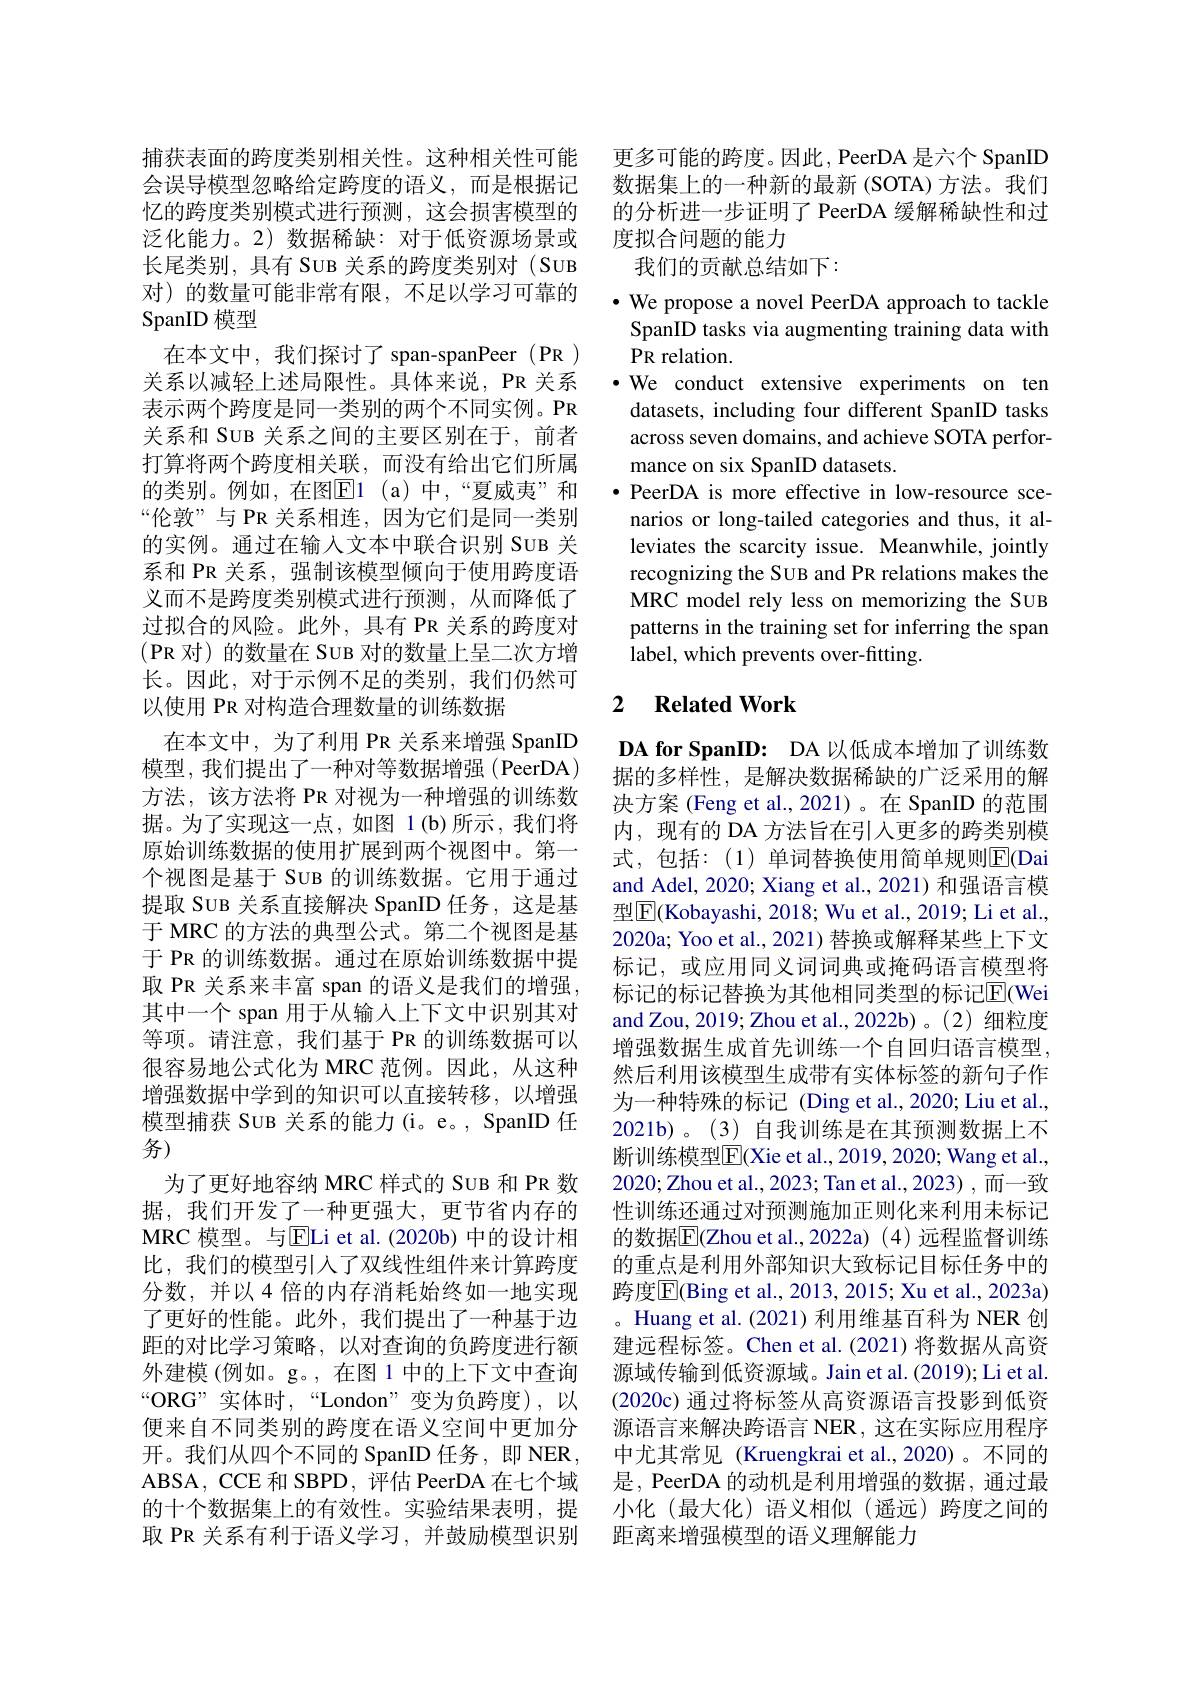
捕获表面的跨度类别相关性。这种相关性可能会误导模型忽略给定跨度的语义，而是根据记忆的跨度类别模式进行预测，这会损害模型的泛化能力。2) 数据稀缺：对于低资源场景或长尾类别，具有 SUB 关系的跨度类别对(SUB 对)的数量可能非常有限，不足以学习可靠的SpanID 模型
在本文中，我们探讨了 span-spanPeer (PR ) 关系以减轻上述局限性。具体来说，PR 关系表示两个跨度是同一类别的两个不同实例。PR 关系和 SUB 关系之间的主要区别在于，前者打算将两个跨度相关联，而没有给出它们所属的类别。例如，在图$\overline{\mathrm{E}}$1(a)中，“夏威夷”和“伦敦”与 PR 关系相连，因为它们是同一类别的实例。通过在输入文本中联合识别 SUB 关系和 PR 关系，强制该模型倾向于使用跨度语义而不是跨度类别模式进行预测，从而降低了过拟合的风险。此外，具有 PR 关系的跨度对(PR 对)的数量在 Suв 对的数量上呈二次方增长。因此，对于示例不足的类别，我们仍然可以使用 PR 对构造合理数量的训练数据
在本文中，为了利用 PR 关系来增强 SpanID 模型，我们提出了一种对等数据增强(PeerDA) 方法，该方法将 PR 对视为一种增强的训练数据。为了实现这一点，如图 1(b)所示，我们将原始训练数据的使用扩展到两个视图中。第一个视图是基于 SUB 的训练数据。它用于通过提取 SUB 关系直接解决 SpanID 任务，这是基于 MRC 的方法的典型公式。第二个视图是基于 PR 的训练数据。通过在原始训练数据中提取 PR 关系来丰富 span 的语义是我们的增强， 其中一个 span 用于从输入上下文中识别其对等项。请注意，我们基于 PR 的训练数据可以很容易地公式化为 MRC 范例。因此，从这种增强数据中学到的知识可以直接转移，以增强模型捕获 SUB 关系的能力(i。e。, SpanID 任务)
为了更好地容纳 MRC 样式的 SUB 和 PR 数据，我们开发了一种更强大，更节省内存的MRC 模型。与$\overline{\mathrm{E}}$Li et al.(2020b) 中的设计相比，我们的模型引入了双线性组件来计算跨度分数，并以4倍的内存消耗始终如一地实现了更好的性能。此外，我们提出了一种基于边距的对比学习策略，以对查询的负跨度进行额外建模 (例如。g。,在图 1 中的上下文中查询“ORG”实体时，“London”变为负跨度),以便来自不同类别的跨度在语义空间中更加分开。我们从四个不同的 SpanID 任务，即 NER, ABSA, CCE 和 SBPD,评估 PeerDA 在七个域的十个数据集上的有效性。实验结果表明，提取 PR 关系有利于语义学习，并鼓励模型识别

更多可能的跨度。因此，PeerDA 是六个 SpanID 数据集上的一种新的最新 (SOTA) 方法。我们的分析进一步证明了 PeerDA 缓解稀缺性和过度拟合问题的能力
我们的贡献总结如下：
· We propose a novel PeerDA approach to tackle SpanID tasks via augmenting training data with PR relation.
·We conduct extensive experiments on ten
datasets, including four different SpanID tasks across seven domains, and achieve SOTA performance on six SpanID datasets.
·PeerDA is more effective in low-resource scenarios or long-tailed categories and thus, it alleviates the scarcity issue. Meanwhile, jointly recognizing the SUB and PR relations makes the MRC model rely less on memorizing the SUB patterns in the training set for inferring the span label, which prevents over-fitting.

### 2 $\textbf{Related Work}$

DA for SpanID: DA 以低成本增加了训练数据的多样性，是解决数据稀缺的广泛采用的解决方案 (Feng et al.,2021)。在 SpanID 的范围内，现有的 DA 方法旨在引入更多的跨类别模式，包括：(1)单词替换使用简单规则$\overline{\mathrm{E}}$(Dai and Adel, 2020; Xiang et al., 2021) 和强语言模型$\boxed{\mathrm{F}}($Kobayashi, 2018; Wu et al., 2019; Li et al., 2020a; Yoo et al., 2021) 替换或解释某些上下文标记，或应用同义词词典或掩码语言模型将标记的标记替换为其他相同类型的标记$\overline{\mathrm{E}}$(Wei and Zou, 2019; Zhou et al., 2022b) 。(2) 细粒度增强数据生成首先训练一个自回归语言模型， 然后利用该模型生成带有实体标签的新句子作为一种特殊的标记 (Ding et al.,2020; Liu et al., 2021b)。(3)自我训练是在其预测数据上不断训练模型$\overline{\mathrm{E}}($Xie et al., 2019, 2020; Wang et al., 2020; Zhou et al., 2023; Tan et al., 2023) , 而一致性训练还通过对预测施加正则化来利用未标记的数据$\overline{\mathrm{E}}($Zhou et al.,2022a)(4)远程监督训练的重点是利用外部知识大致标记目标任务中的跨度$\overline{\mathrm{E}}($Bing et al., 2013, 2015; Xu et al., 2023a) 。Huang et al.(2021) 利用维基百科为 NER 创建远程标签。Chen et al.(2021)将数据从高资源域传输到低资源域。Jain et al.(2019); Li et al. (2020c) 通过将标签从高资源语言投影到低资源语言来解决跨语言 NER, 这在实际应用程序中尤其常见 (Kruengkrai et al.,2020) 。不同的是，PeerDA 的动机是利用增强的数据，通过最小化(最大化)语义相似(遥远)跨度之间的距离来增强模型的语义理解能力